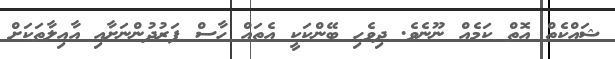
ޝައްކެތް އޮތް ކަމެއް ނޫނެވެ. ދިވެހި ބޭންކަކީ އެތައް ހާސް ފަރުދުންނަށާއި އާއިލާތަކަށް